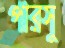
পারসু